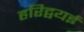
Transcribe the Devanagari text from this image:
हरिद्वयई